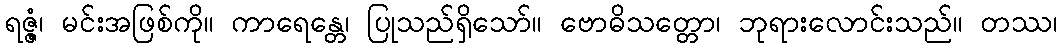
ရဇ္ဇံ၊ မင်းအဖြစ်ကို။ ကာရေန္တေ၊ ပြုသည်ရှိသော်။ ဗောဓိသတ္တော၊ ဘုရားလောင်းသည်။ တဿ၊